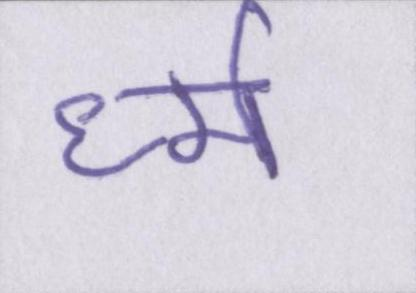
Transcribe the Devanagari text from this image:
र्ध्म